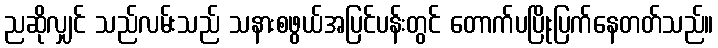
ညဆိုလျှင် သည်လမ်းသည် သနားစဖွယ်အပြင်ပန်းတွင် တောက်ပပြိုးပြက်နေတတ်သည်။